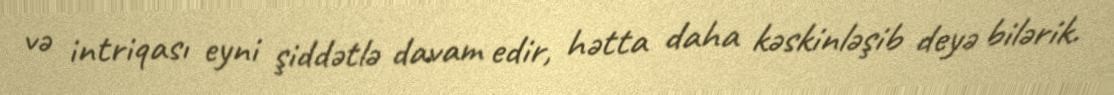
və intriqası eyni şiddətlə davam edir, hətta daha kəskinləşib deyə bilərik.